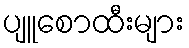
ပျူစောထီးများ